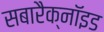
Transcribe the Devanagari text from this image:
सबारैक्नॉइड